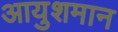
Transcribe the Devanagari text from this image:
आयुशमान